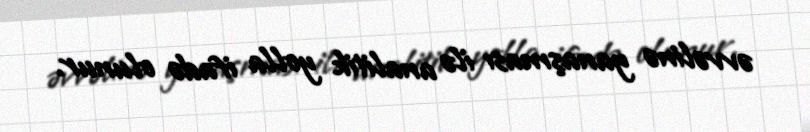
əvvəlinə yanaşması ilə analitik yolla ifadə olunur.